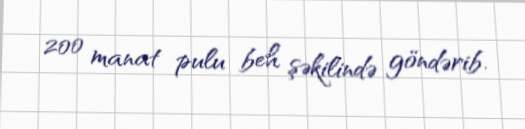
200 manat pulu beh şəkilində göndərib.